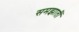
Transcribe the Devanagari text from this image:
समझातीं